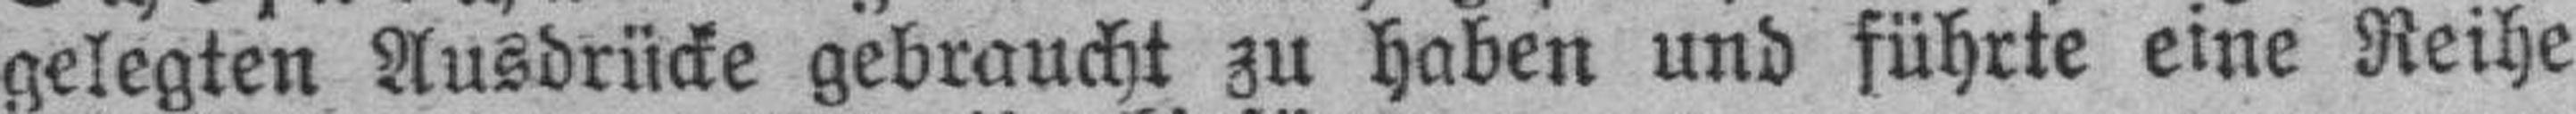
gelegten Ausdrücke gebraucht zu haben und führte eine Reihe